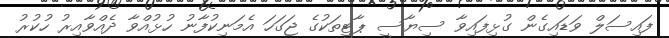
ފައިސަލް ވަޑައިގެން ގުޅިފައިވާ ސިޔާސީ ޕާޓީތަކުގެ ޖަގަހަ އެމަނިކުފާނު ހުޅުއްވާ ދެއްވާއިރު ހުކުރު